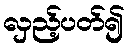
လှည့်ပတ်၍